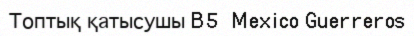
Топтық қатысушы B5  Mexico Guerreros